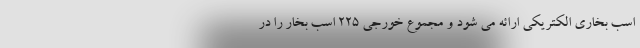
اسب بخاری الکتریکی ارائه می شود و مجموع خورجی 225 اسب بخار را در